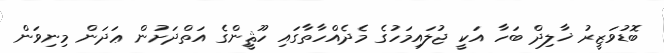
ބޮޑުވަޒީރު ޚާލިދް ބަހާ އަކީ ޖުލައިމަހުގެ މެދެއްހާތާގައި ހޫޘީންގެ އަތްދަށުން ޢަދަން މިނިވަން